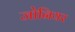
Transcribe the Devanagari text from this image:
जोनियर